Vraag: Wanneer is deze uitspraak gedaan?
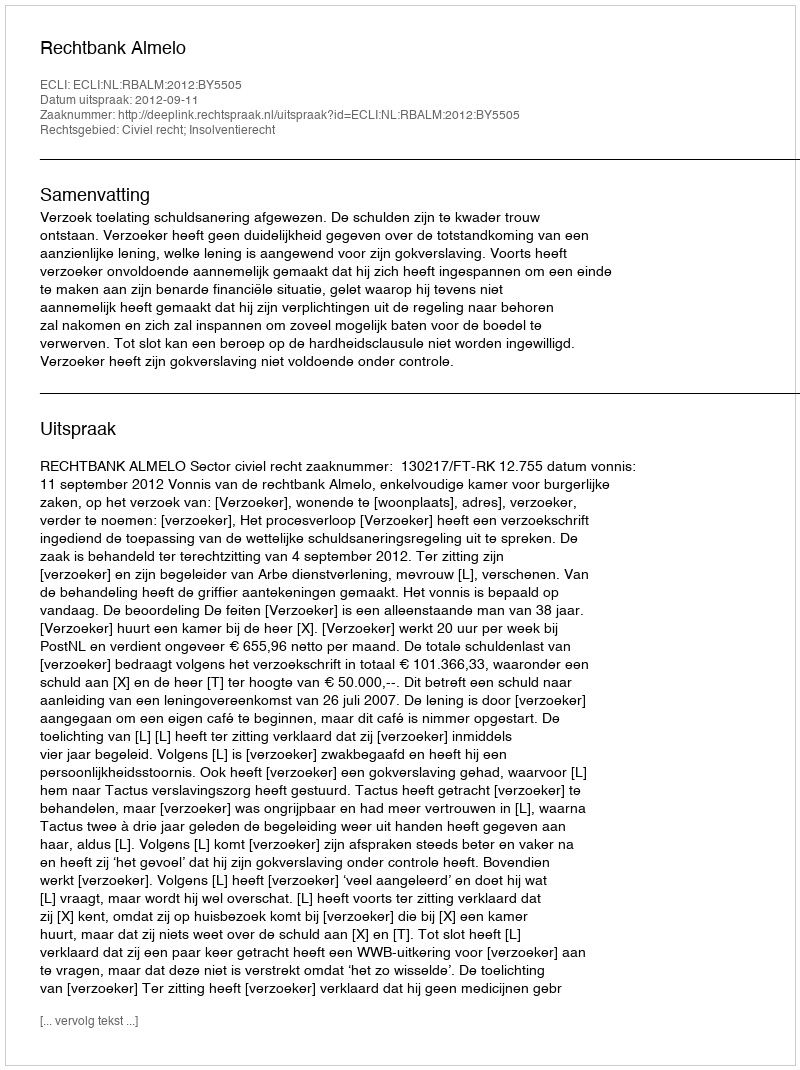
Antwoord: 2012-09-11